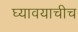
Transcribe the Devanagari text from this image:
घ्यावयाचीच